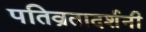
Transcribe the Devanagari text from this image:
पतिव्रतादर्शनी